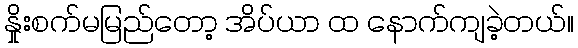
နှိုးစက်မမြည်တော့ အိပ်ယာ ထ နောက်ကျခဲ့တယ်။